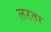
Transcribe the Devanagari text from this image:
लरता